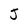
Character: J